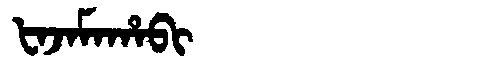
Manchu: ᡶᠠᠵᠠᠮᠠᡥᠠᠪᡳ
Romanization: FAJAMAHABI